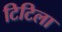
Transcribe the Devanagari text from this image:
टिटिला